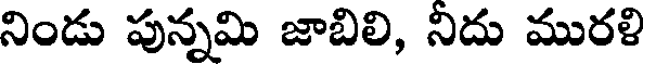
నిండు పున్నమి జాబిలి, నిదు మురళి